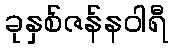
ခုနှစ်ဇန်နဝါရီ